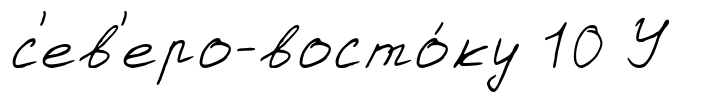
с'ев'еро-восто́ку 10 У